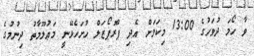
ވާ ހޯމަ ދުވަހުގެ 13:00 މިކަމަށް އެދި ޕްރޮޕޯޒަލް ހުށަހެޅޭނީ މަޢުލޫމާތު ދިނުމުގެ